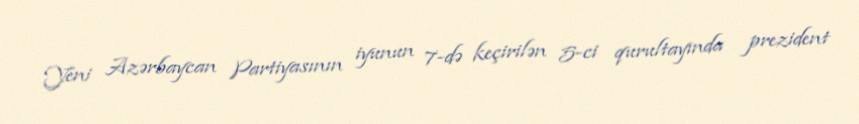
Yeni Azərbaycan Partiyasının iyunun 7-də keçirilən 5-ci qurultayında prezident